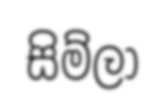
සිම්ලා